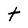
Character: t